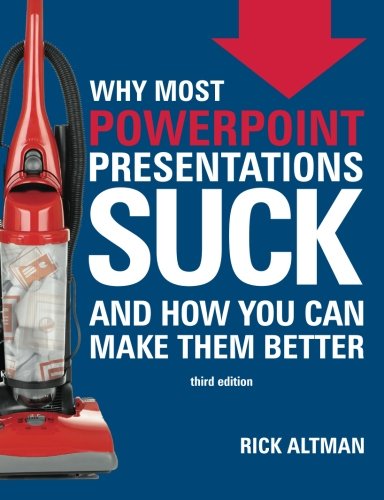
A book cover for Why Most PowerPoint Presentations Suck (Third Edition); Rick Altman; Computers & Technology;